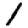
Digit: 1